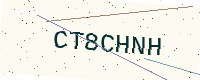
Text: CT8CHNH